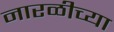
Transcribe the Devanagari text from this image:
नारळीच्या